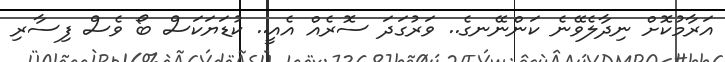
އަރާމުކޮށް ނިދާލެވޭނެ ކަންނޭނގެ.. ވަރުގަދަ ސޮރެއް އެއީ.. ކުޑަޔަކަސް ބޯ ވެސް ފިސާރި